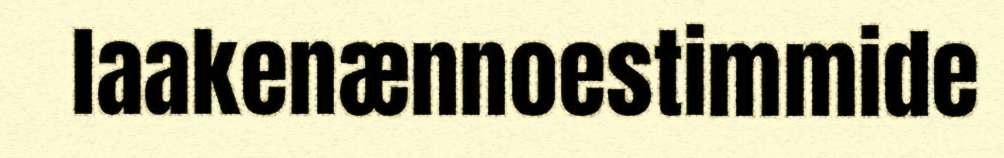
laakenænnoestimmide